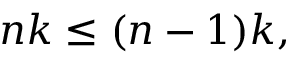
n k \leq ( n - 1 ) k ,